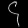
Digit: ၄